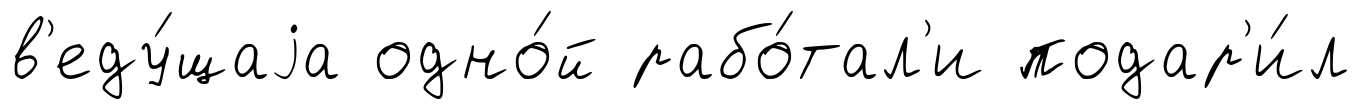
в'еду́щаjа одно́й рабо́тал'и подар'и́л